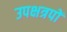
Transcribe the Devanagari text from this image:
उपक्षत्रपों